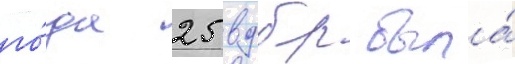
го́да 25 вдбр была́